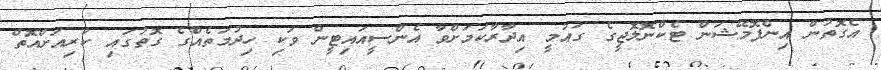
އެގޮތުން އިންފޮމޭޝަން ޓެކްނޮލޮޖީގެ ގައުމީ އިދާރާކަމަށްވާ އެންސީއައިޓީން ވަކި ހިދުމަތެއްގެ ގޮތުގައި ކުރިއަށްއޮތް